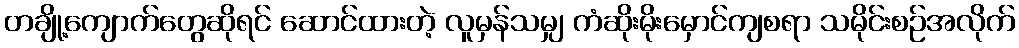
တချို့ကျောက်တွေဆိုရင် ဆောင်ထားတဲ့ လူမှန်သမျှ ကံဆိုးမိုးမှောင်ကျစရာ သမိုင်းစဉ်အလိုက်